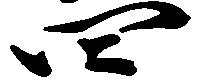
四